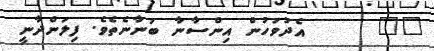
١٠      އެދުވަހުން އިންސާނާ ބުނާނެތެވެ. ފިލަންދާނީ